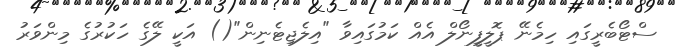
ސްޓޯބެރީގައި ހިމެނޭ ޕޮލީފީނޯލް އެއް ކަމުގައިވާ "އިލެޖިޓެނިން"() އަކީ ލޭގެ ހަކުރުގެ މިންވަރު